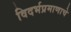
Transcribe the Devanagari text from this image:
विदर्भप्रमाणाचे